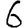
Digit: 6